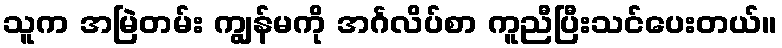
သူက အမြဲတမ်း ကျွန်မကို အင်္ဂလိပ်စာ ကူညီပြီးသင်ပေးတယ်။